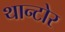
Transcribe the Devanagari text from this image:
थान्टोर